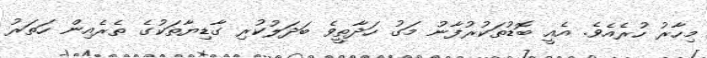
މިހާރު ހުރެއެވެ. އެއީ ބޮޑުތަކުރުފާނު މަގު ހަދާތީވެ ބަދަލުކުރި ގާޑިޔާތަކުގެ ތެރެއިން ހަތަރު